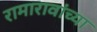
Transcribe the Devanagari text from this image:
रामारावांच्या